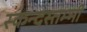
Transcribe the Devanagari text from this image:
स्कन्दस्तम्भी